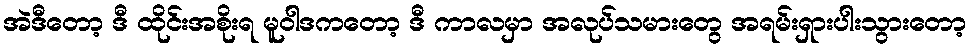
အဲဒီတော့ ဒီ ထိုင်းအစိုးရ မူဝါဒကတော့ ဒီ ကာလမှာ အလုပ်သမားတွေ အရမ်းရှားပါးသွားတော့